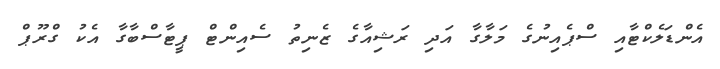
އެންޑަލެކްޓާއި ސްޕެއިނުގެ މަލާގާ އަދި ރަޝިއާގެ ޒެނިތު ސެއިންޓް ޕީޓާސްބާގާ އެކު ގްރޫޕް